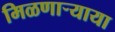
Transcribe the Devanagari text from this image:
मिळणार्‍याया